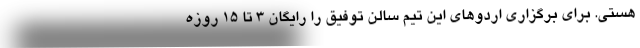
هستی. برای برگزاری اردوهای این تیم سالن توفیق را رایگان ۳ تا ۱۵ روزه